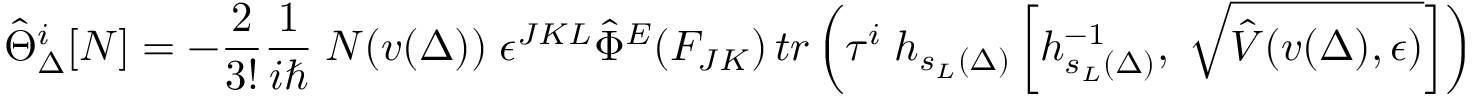
\hat { \Theta } _ { \Delta } ^ { i } [ N ] = - \frac { 2 } { 3 ! } \frac { 1 } { i \hbar } \; N ( v ( \Delta ) ) \; \epsilon ^ { J K L } { \hat { \Phi } } ^ { E } ( F _ { J K } ) \, t r \left( \tau ^ { i } \; h _ { s _ { L } ( \Delta ) } \left[ h _ { s _ { L } ( \Delta ) } ^ { - 1 } , \; \sqrt { \hat { V } ( v ( \Delta ) , \epsilon ) } \right] \right)